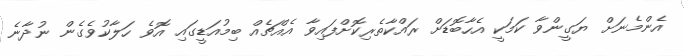
އެންމެނަށް ޔަގީންވާ ކަމަކީ އެހާބޮޑަށް ރައްކާތެރިކޮށްފައިވާ އެއްޗެއް ބިމުއަޑީގައި އޮވެ ހަލާކުވެގެން ނުދާނެ